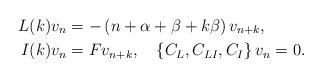
LaTeX: \begin{align*}L(k)v_{n} & =-\left( n+\alpha+\beta+k\beta\right) v_{n+k},\\I(k)v_{n} & =Fv_{n+k},\quad\left\{ C_{L},C_{LI},C_{I}\right\} v_{n}=0.\end{align*}